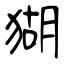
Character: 猢